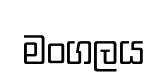
මංගලය